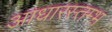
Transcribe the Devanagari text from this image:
आधारस्तम्भ